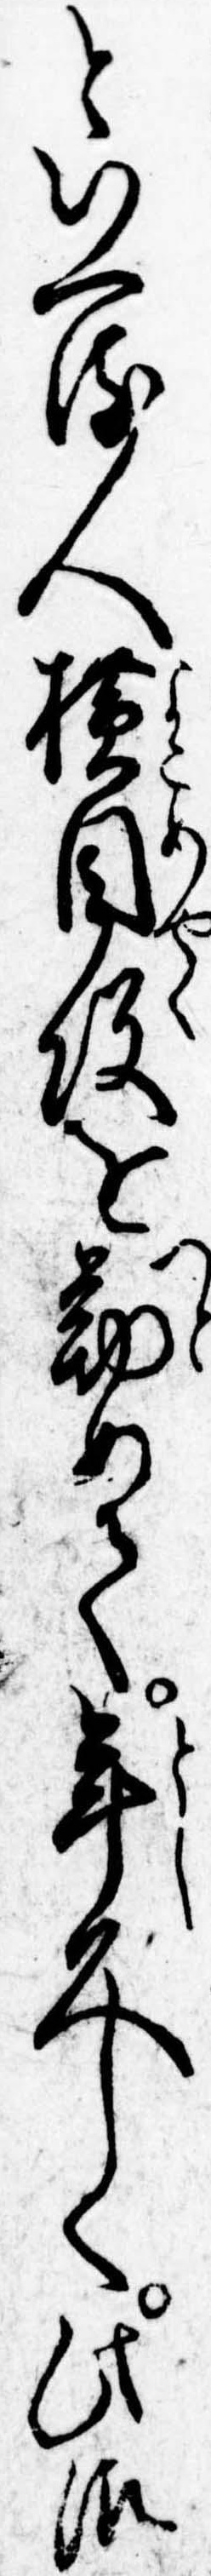
といへる人横目役を勤めて年久しく此御